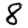
Digit: 8